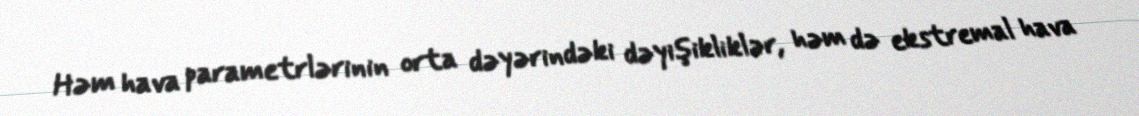
Həm hava parametrlərinin orta dəyərindəki dəyişikliklər, həm də ekstremal hava